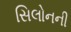
સિલોનની